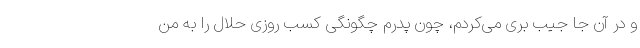
و در آن جا جیب بری می‌کردم، چون پدرم چگونگی کسب روزی حلال را به من